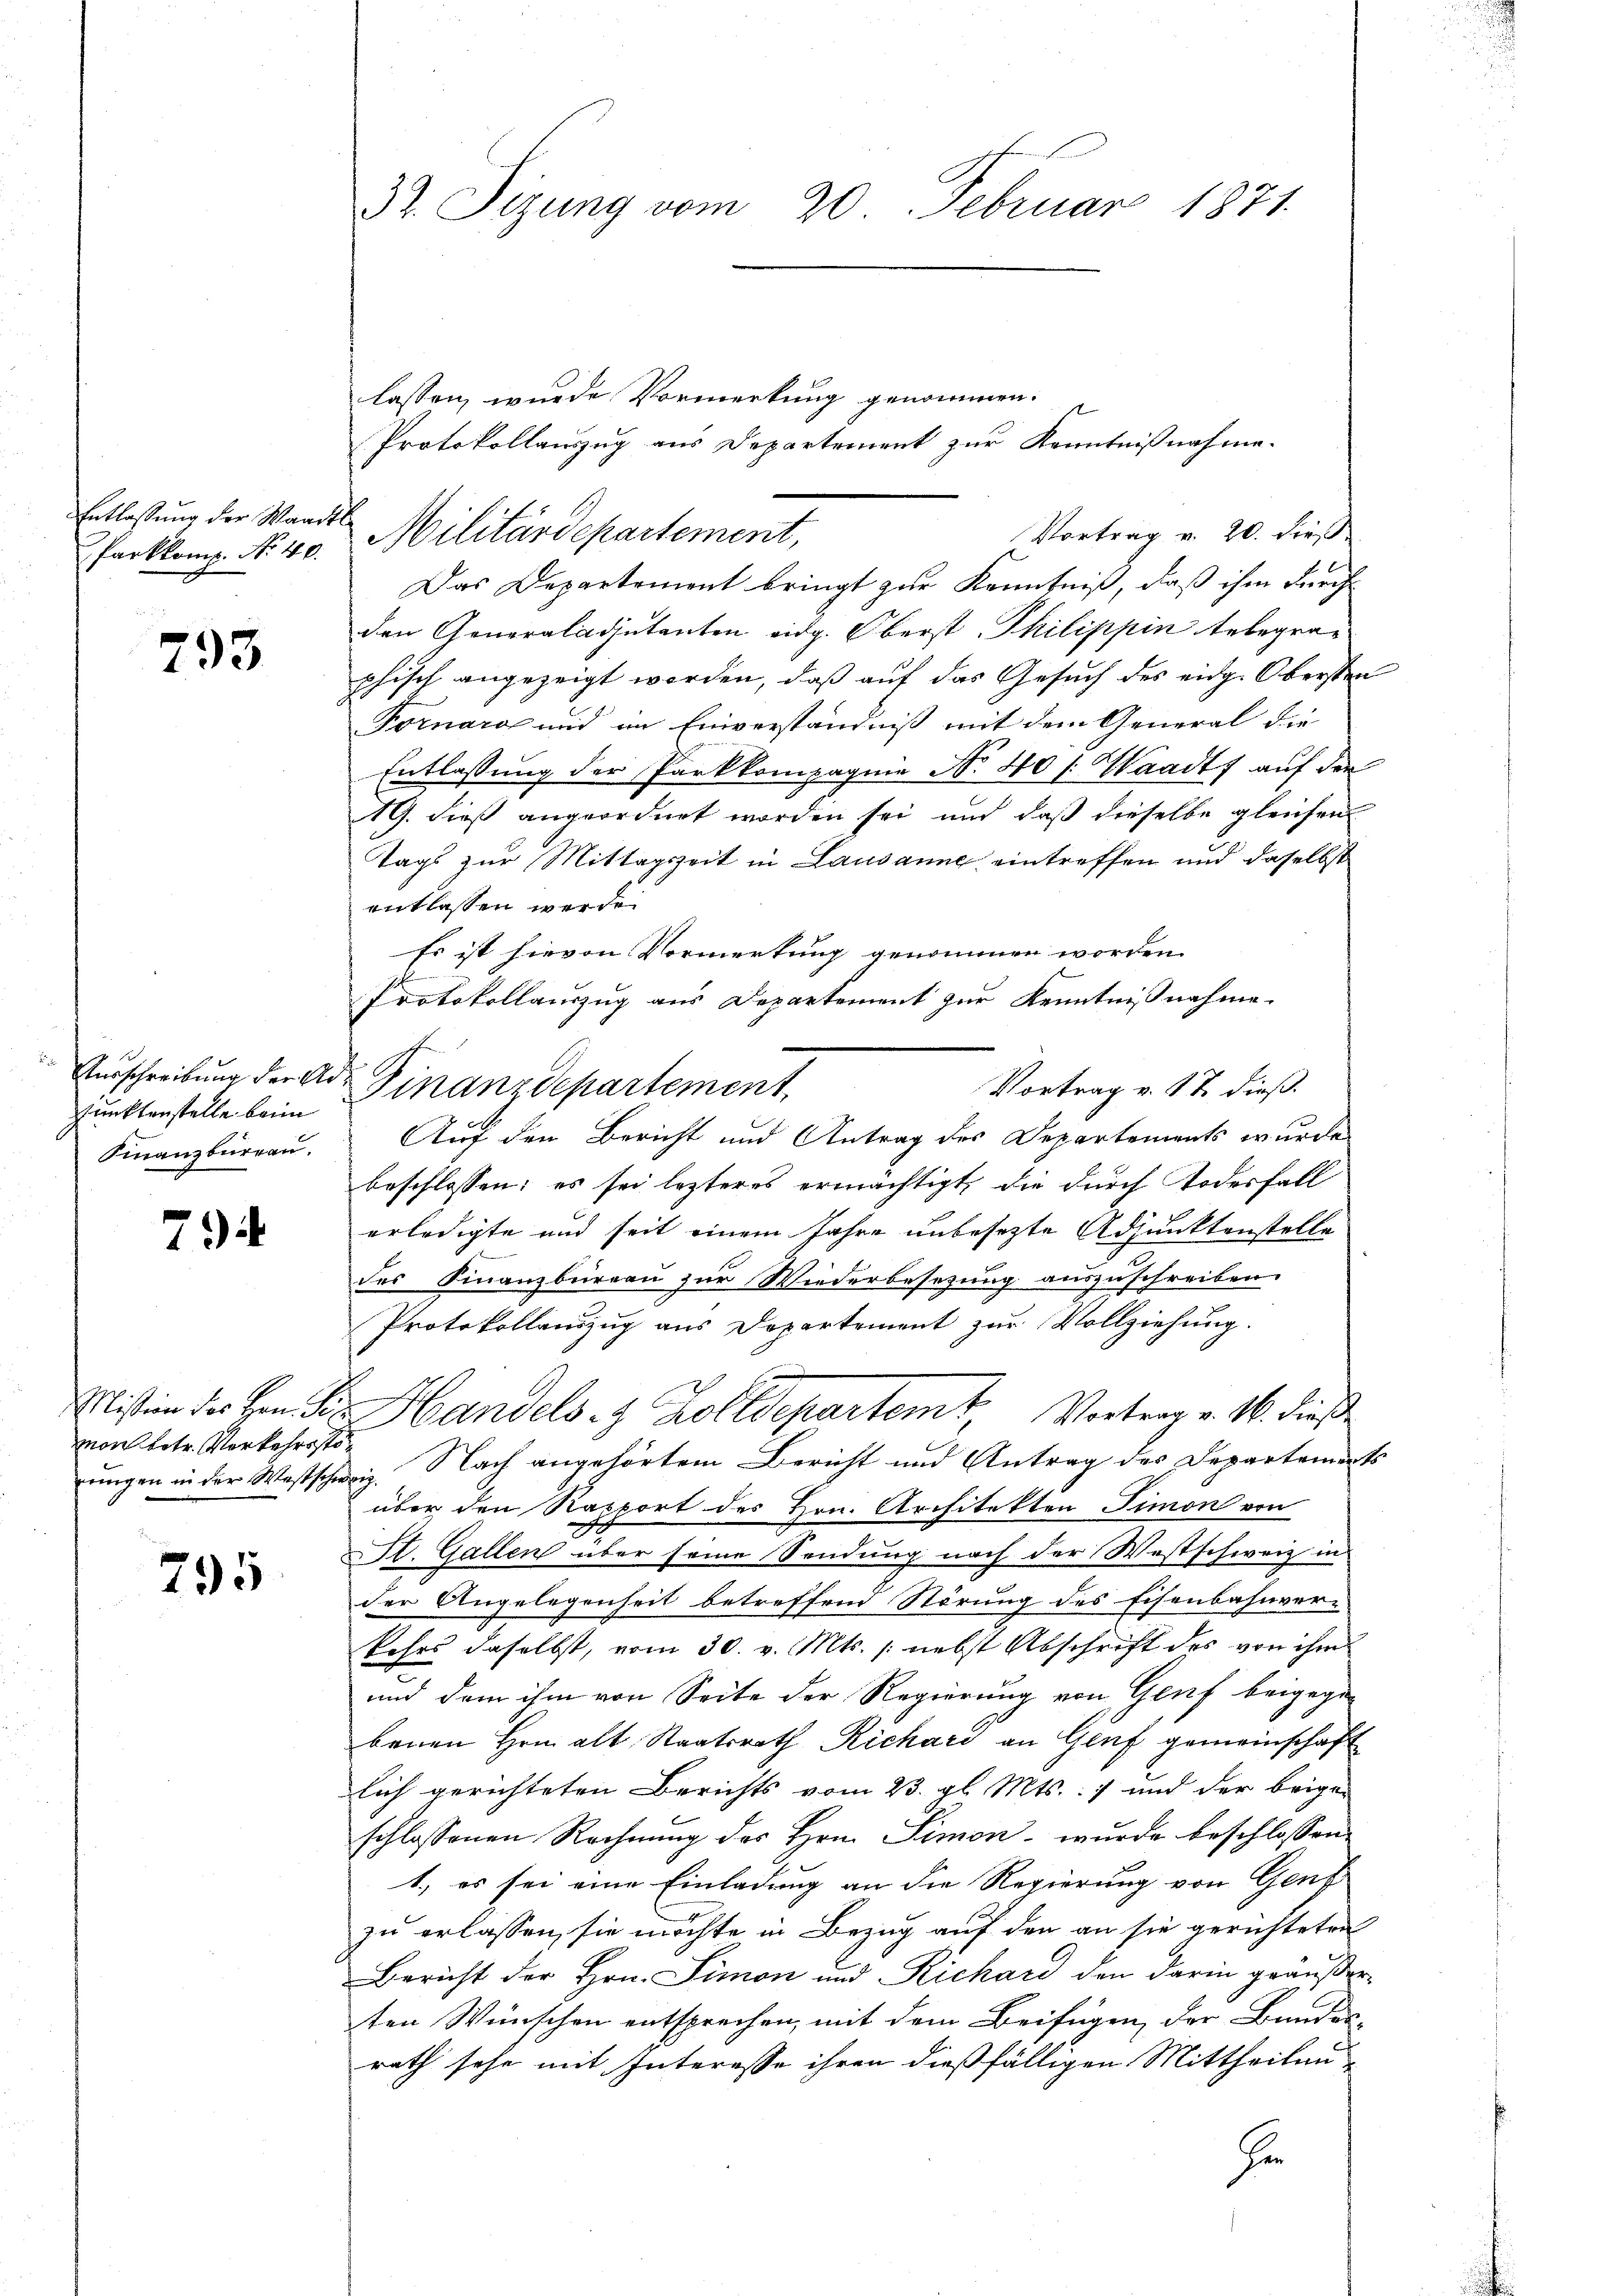
Entlassung der Waar
Parkkomp. No 40.

793

Ausschreibung der Ar
Punktenstelle beim
Finanzburgau.

79

von betr. Verkehrsstö¬

795

37. Sizung vom 20. Februar 1871.

lassen, wurde Vormerkung genommen.
Protokollauszug aus Departement zur Kenntnißnahme.
Vortrag v. 20. dieß
Das Departement bringt zur Kenntniß, daß ihm durch
den Generaladjutanten eidg. Oberst, Philippin telegraphisch angezeigt worden, daß auf das Gesuch des eidg. Obersten
Fornara und im Einverständniß mit dem General die
Entlassung der Parkkompagnie No. 40 f. Waadt auf den
19. dieß angeordnet worden sei und daß dieselbe gleichen
Tags zur Mittagszeit in Lausanne eintreffen und daselbst
entlassen werde.
Es ist hievon Vormerkung genommen worden.
2
Protokollauszug aus Departement zur Kenntnißnahme.
Vortrag v. 17. dieß.
Finanzdepartement
Auf den Bericht und Antrag des Departements wurde
beschlossen; es sei lezteres ermächtigt, die durch Todesfall
erledigte und seit einem Jahre unbesezte Adjunktenstelle
des Finanzbüreau zur Wiederbesetzung auszuschreiben.
Protokollauszug aus Departement zur Vollziehung.
Mission des Hrn. Frz. Handels 8 Zolldepartemt, Vortrer v. M. dieß
h
ŭngen in der Westschweiz. Nach angehörtem Bericht und Antrag des Departements
über den Rapport des Hrn. Architekten Simon von
de
St. Gallen über seine Sendung nach der Westschweiz in
der Angelegenheit betreffend Störung des Eisenbahnver-
kehrs daselbst, vom 30. v. Mts. /: nebst Abschrift des von ihm
und dem ihm von Seite der Regierung von Genf beigegen
benen Hrn. alt Staatsrath Richard an Genf gemeinschaft
lich gerichteten Berichts vom 23. gl. Mts.: 7 und der beigen
schlossenen Rechnung des Hrn. Simon - wurde beschlossen:
1., es sei eine Einladung an die Regierung von Genf
zu erlassen, sie möchte in Bezug auf den an sie gerichteten
Bericht der Hrn. Simon und Richard den darin geäußer
ten Wünschen entsprechen, mit dem Beifügen, der Bundes-
rath sehe mit Interesse ihren dießfälligen Mittheilen¬
He

Militärdepartement,